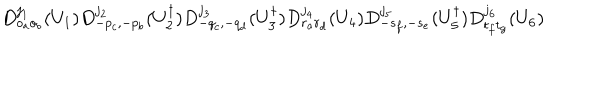
D _ { o _ { a } o _ { b } } ^ { j _ { 1 } } ( U _ { 1 } ) D _ { - p _ { c } , - p _ { b } } ^ { j _ { 2 } } ( U _ { 2 } ^ { \dagger } ) D _ { - q _ { c } , - q _ { d } } ^ { j _ { 3 } } ( U _ { 3 } ^ { \dagger } ) D _ { r _ { a } r _ { d } } ^ { j _ { 4 } } ( U _ { 4 } ) D _ { - s _ { f } , - s _ { e } } ^ { j _ { 5 } } ( U _ { 5 } ^ { \dagger } ) D _ { t _ { f } t _ { g } } ^ { j _ { 6 } } ( U _ { 6 } )